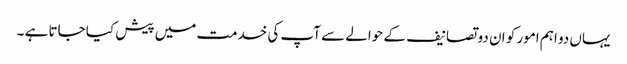
یہاں دو اہم امور کو ان دو تصانیف کے حوالے سے آپ کی خدمت میں پیش کیا جاتا ہے ۔